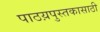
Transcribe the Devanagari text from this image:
पाठय़पुस्तकासाठी